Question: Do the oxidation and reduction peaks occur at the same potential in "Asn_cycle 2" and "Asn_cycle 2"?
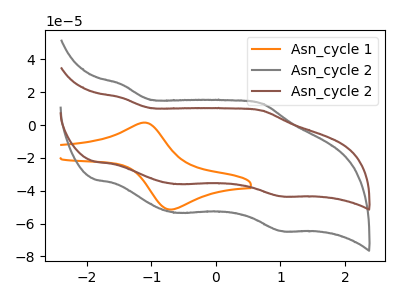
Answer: <think>The orange curve "Asn_cycle 1" has an anodic peak at (-1.10V, 1.50uA) and a cathodic peak at (-0.75V, -51.35uA). The gray curve "Asn_cycle 2" has anodic peaks at (-1.45V, 24.75uA) (0.70V, 13.05uA) and cathodic peaks at (-0.60V, -53.45uA) (1.05V, -64.55uA). The brown curve "Asn_cycle 2" has anodic peaks at (-1.45V, 16.65uA) (0.70V, 8.80uA) and cathodic peaks at (-0.60V, -35.95uA) (1.05V, -43.40uA).</think>
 <answer>Yes, "Asn_cycle 2" have a peak in "Asn_cycle 2" at the same potential.</answer>
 <eval>match</eval>